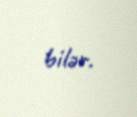
bilər.